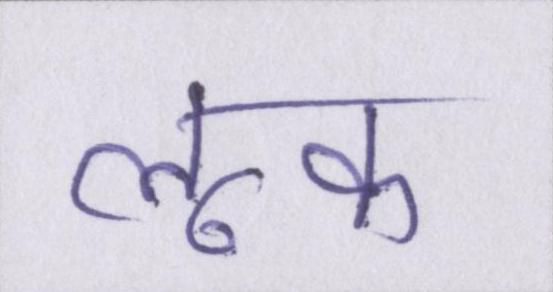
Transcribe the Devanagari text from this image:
लूक